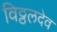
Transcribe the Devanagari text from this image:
विठ्ठलदेव